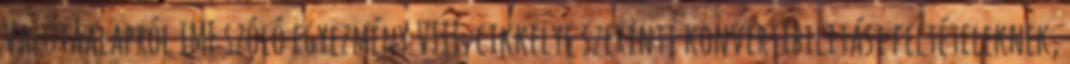
Valutaalapról IMF szóló egyezmény VIII. cikkelye szerinti konvertibilitási feltételeknek,